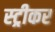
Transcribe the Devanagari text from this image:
स्ट्रीकर